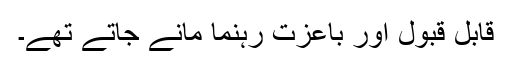
قابلِ قبول اور باعزت رہنما مانے جاتے تھے۔